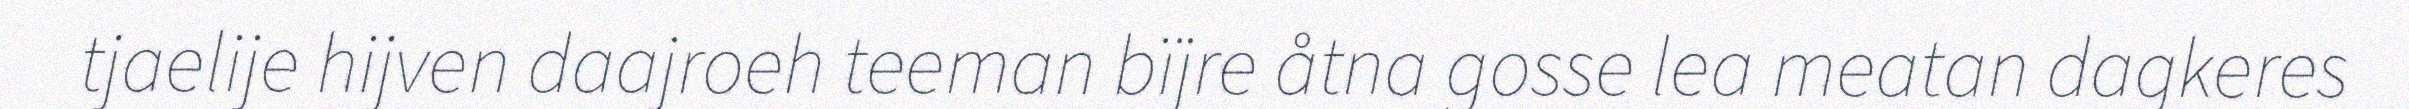
tjaelije hijven daajroeh teeman bïjre åtna gosse lea meatan dagkeres